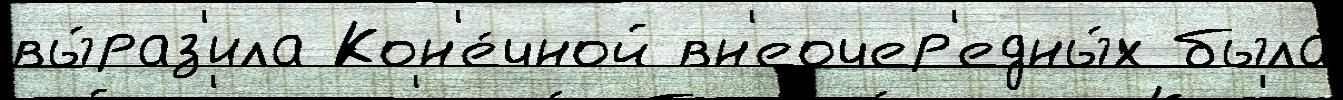
вы́раз'ила Кон'е́чной вн'еочер'едны́х была́